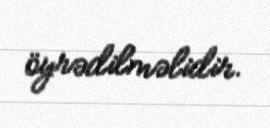
öyrədilməlidir.